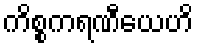
ကိစ္စကရဏီယေဟိ